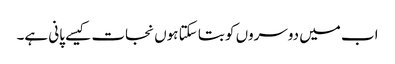
اب میں دوسروں کو بتا سکتا ہوں نجات کیسے پانی ہے۔